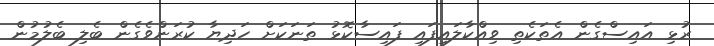
ރުޅި އައިސްގެން އެތަކެތި ވިއްކާލައިފައި ފައިސާކޮޅު ތަނަކަށް ހަދިޔާ ކުރަންވެގެން ބެލި ބެލުމުން